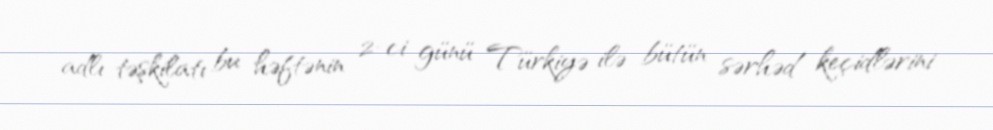
adlı təşkilatı bu həftənin 2-ci günü Türkiyə ilə bütün sərhəd keçidlərini